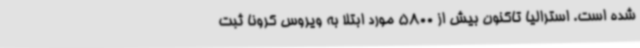
شده است. استرالیا تاکنون بیش از 5800 مورد ابتلا به ویروس کرونا ثبت